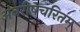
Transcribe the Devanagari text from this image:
अंबरीषचरितम्